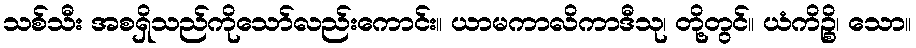
သစ်သီး အစရှိသည်ကိုသော်လည်းကောင်း။ ယာမကာလိကာဒီသု၊ တို့တွင်။ ယံကိဉ္စိ၊ သော။